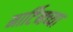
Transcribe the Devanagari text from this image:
मार्टिनच्या